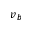
v _ { b }